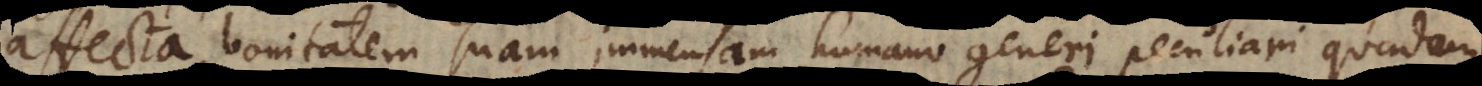
affecta, bonitatem suam immensam humano generi peculiari quadam